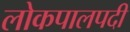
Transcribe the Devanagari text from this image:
लोकपालपदी